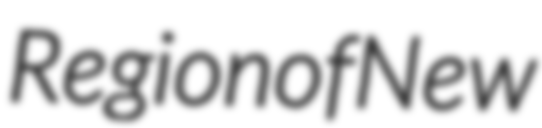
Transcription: Region of New